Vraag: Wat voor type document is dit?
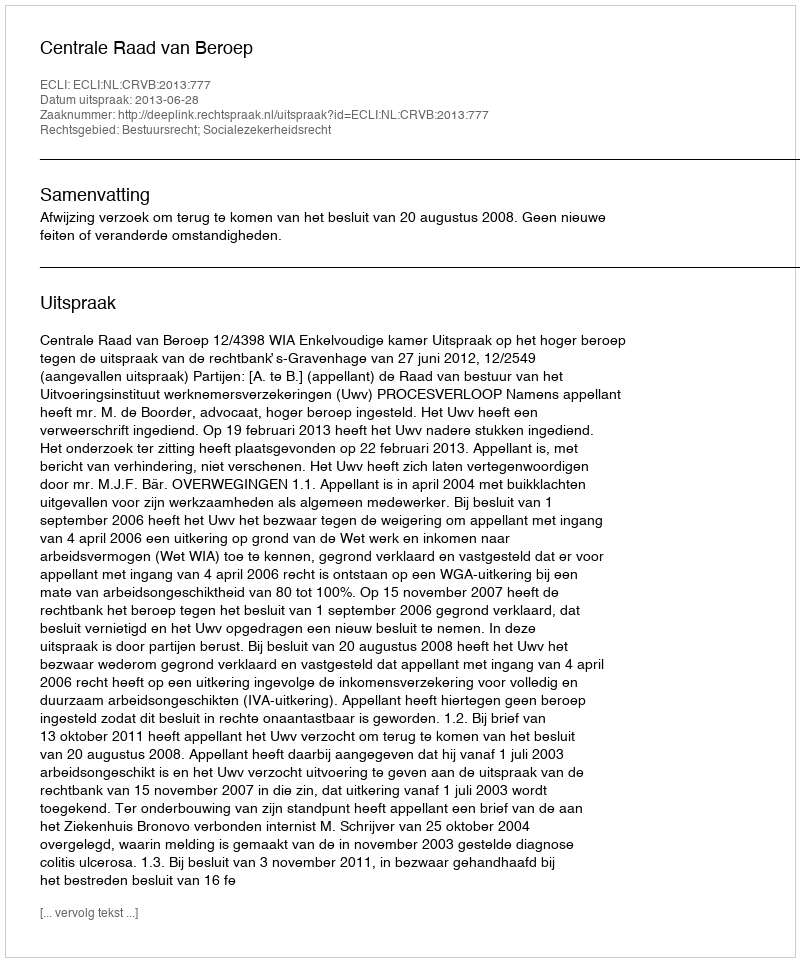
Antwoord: Uitspraak